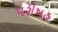
પરીષહ